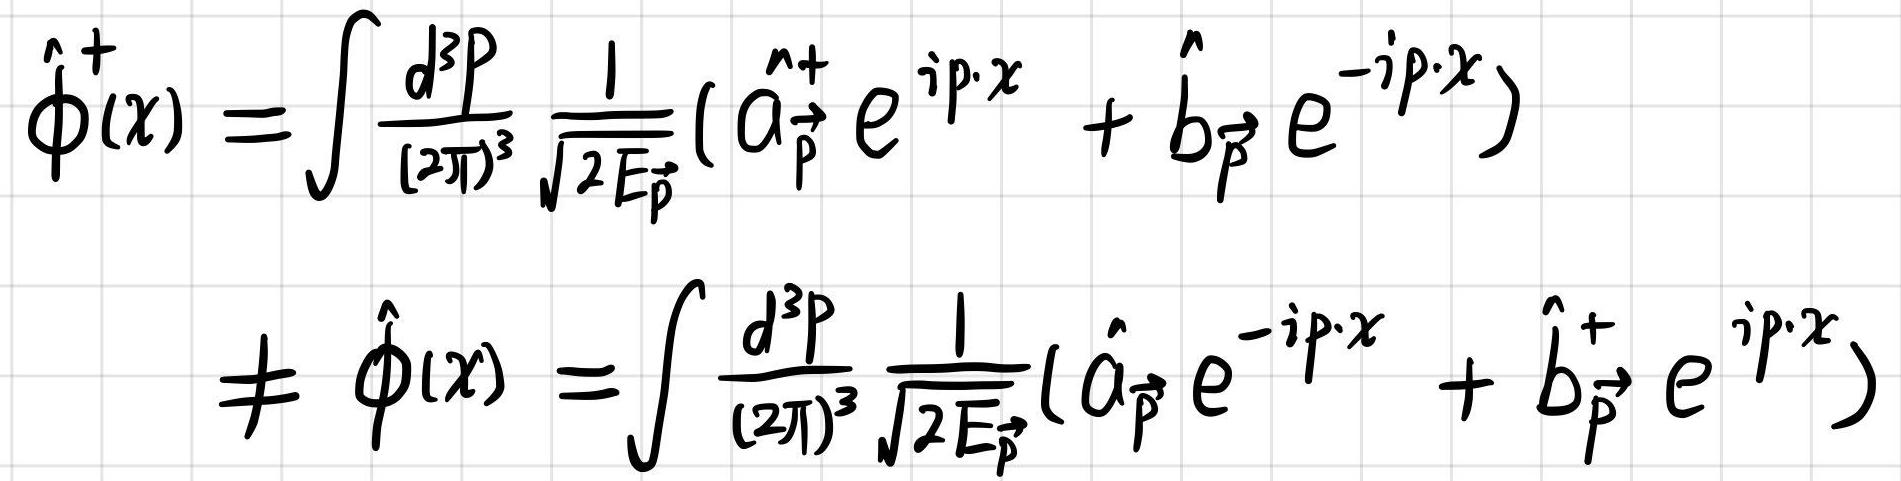
\[
\hat{\phi}^{+}(x)=\int \frac{d^{3}p}{(2 \pi)^{3}} \frac{1}{\sqrt{2 E_{\vec{p}}}}\left(\hat{a}_{\vec{p}}^{n+} e^{i p \cdot x}+\hat{b}_{\vec{p}} e^{-i p \cdot x}\right) \neq \hat{\phi}(x)=\int \frac{d^{3}p}{(2 \pi)^{3}} \frac{1}{\sqrt{2 E_{\vec{p}}}}\left(\hat{a}_{\vec{p}} e^{-i p \cdot x}+\hat{b}_{\vec{p}}^{+} e^{i p \cdot x}\right)
\]